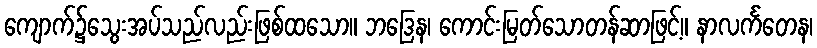
ကျောက်၌သွေးအပ်သည်လည်းဖြစ်ထသော။ ဘဒြေန၊ ကောင်းမြတ်သောတန်ဆာဖြင့်။ နာလင်္ကတေန၊